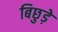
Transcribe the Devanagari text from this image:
बिछुड़े